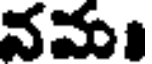
నమ